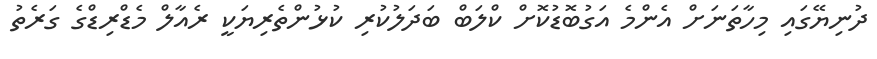
ދުނިޔޭގައި މިހާތަނަށް އެންމެ އަގުބޮޑުކޮށް ކްލަބް ބަދަލުކުރި ކުޅުންތެރިޔަކީ ރެއާލް މެޑްރިޑްގެ ގަރެތު